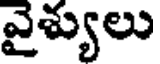
వైశ్యులు